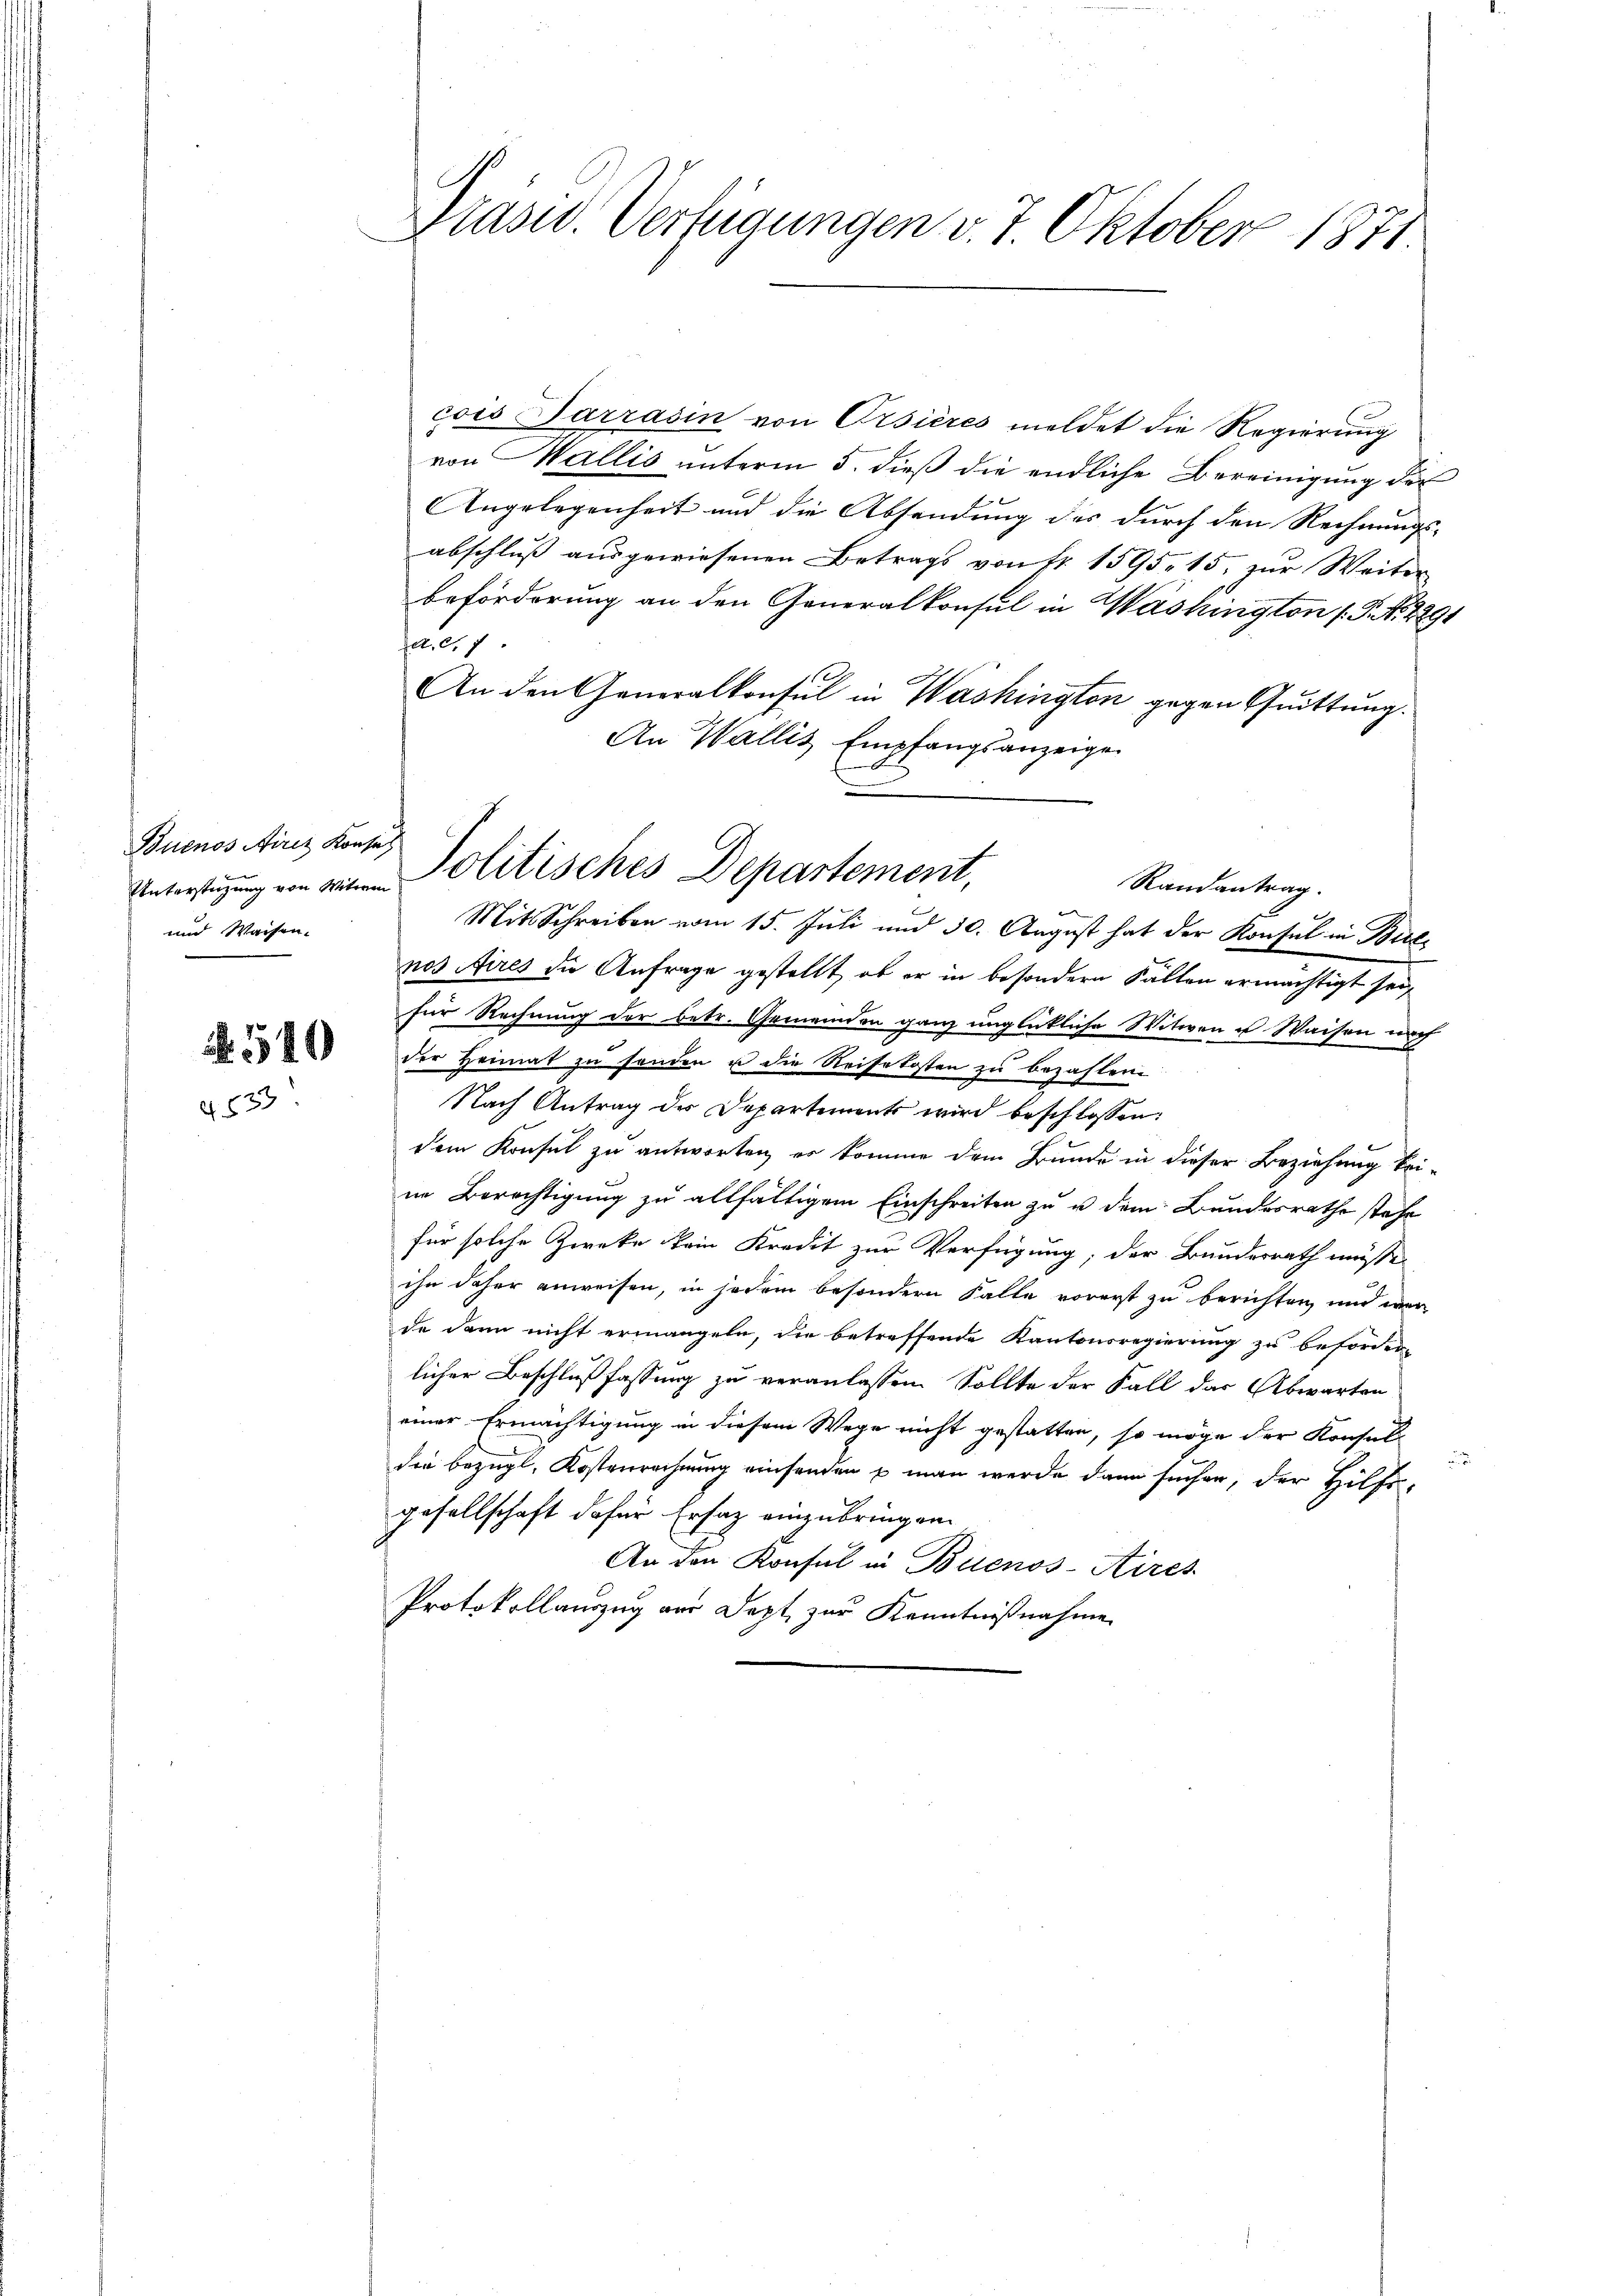
Buenos Airez Konsul
und Waisen.

N 540
G 537

Präsid. Verfügungen v. 7. Oktober 1871.

cois Sarrasin von Orsières meldet die Regierung
von Wallis unterm 5. dieß die endliche Bereinigung der
Angelegenheit und die Absendung des durch den Rechnungs-
abschluß ausgewiesenen Betrags von Fr. 1595, 15. zur Weiter
beförderung an den Generalkonsul in Washington (T. No 2291
fe
An den Generalkonsul in Washington gegen Quittung.
An Wallis Empfangsanzeige
Randantrag.
e
Mit Schreiben vom 15. Juli und 30. August hat der Konsul in Bilnos Aires die Anfrage gestellt, ob er in besondern Fällen ermächtigt sei,
für Rechnung der betr. Gemeinden ganz unglückliche Witwen u Waisen nach
der Heimat zu handen u die Reisekosten zu bezahlen.
Nach Antrag des Departements wird beschlossen:
dem Konsul zu antworten, es komme dem Bunde in dieser Beziehung keiim Berechtigung zu allfältigem Einschreiten zu u dem Bundesrathe stehe
für solche Zwecke kein Kredit zur Verfügung; der Bundesrath müsse,
ihn daher anweisen, in jedem besondern Falle vorerst zu berichten und wer
de dann nicht ermangeln, die betreffende Kantonsregierung zu beförder-
licher Beschlußfassung zu veranlassen. Sollte der Fall das Abwarten
einer Ermächtigung in diesem Wege nicht gestatten, so möge der Konsul-

die bezügl. Kostenrechnung einsenden & man werde dann suchen, der Hilfsgesellschaft dafür Ersatz einzubringen.
An den Konsul in Buenos-Aires
Protokollauszug aus Dept zur Kenntnißnahme

Unterstützung von einen Politisches Departement,